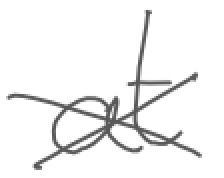
Text: at
Cross-out: mix
Writing tool: digital_gray